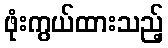
ဖုံးကွယ်ထားသည့်